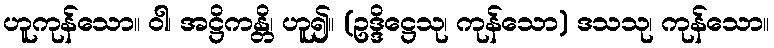
ဟူကုန်သော။ ဝါ၊ အဋ္ဌိကန္တိ၊ ဟူ၍။ (ဥဒ္ဒိဋ္ဌေသု၊ ကုန်သော) ဒသသု၊ ကုန်သော။